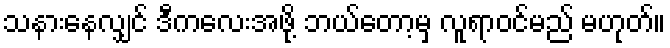
သနားနေလျှင် ဒီကလေးအဖို့ ဘယ်တော့မှ လူရာဝင်မည် မဟုတ်။